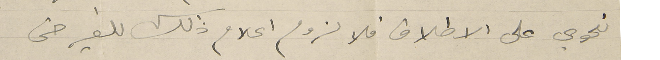
نحوي على الاطلاق فلا لزوم اعلام ذلك للغير حتى